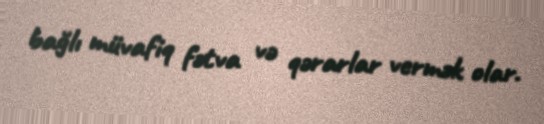
bağlı müvafiq fətva və qərarlar vermək olar.